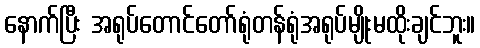
နောက်ပြီး အရုပ်တောင်တော်ရုံတန်ရုံအရုပ်မျိုးမထိုးချင်ဘူး။